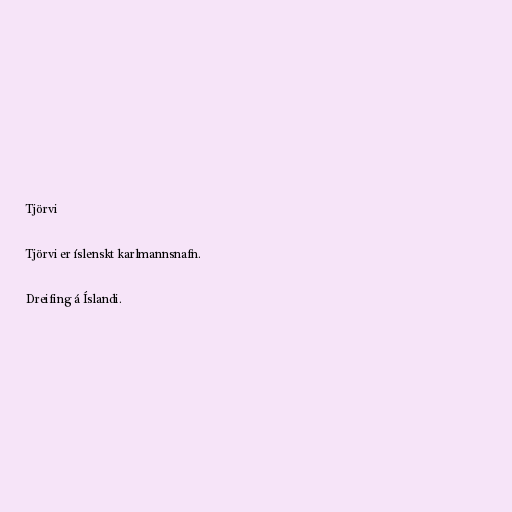
Tjörvi

Tjörvi er íslenskt karlmannsnafn.

Dreifing á Íslandi.